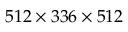
5 1 2 \times 3 3 6 \times 5 1 2